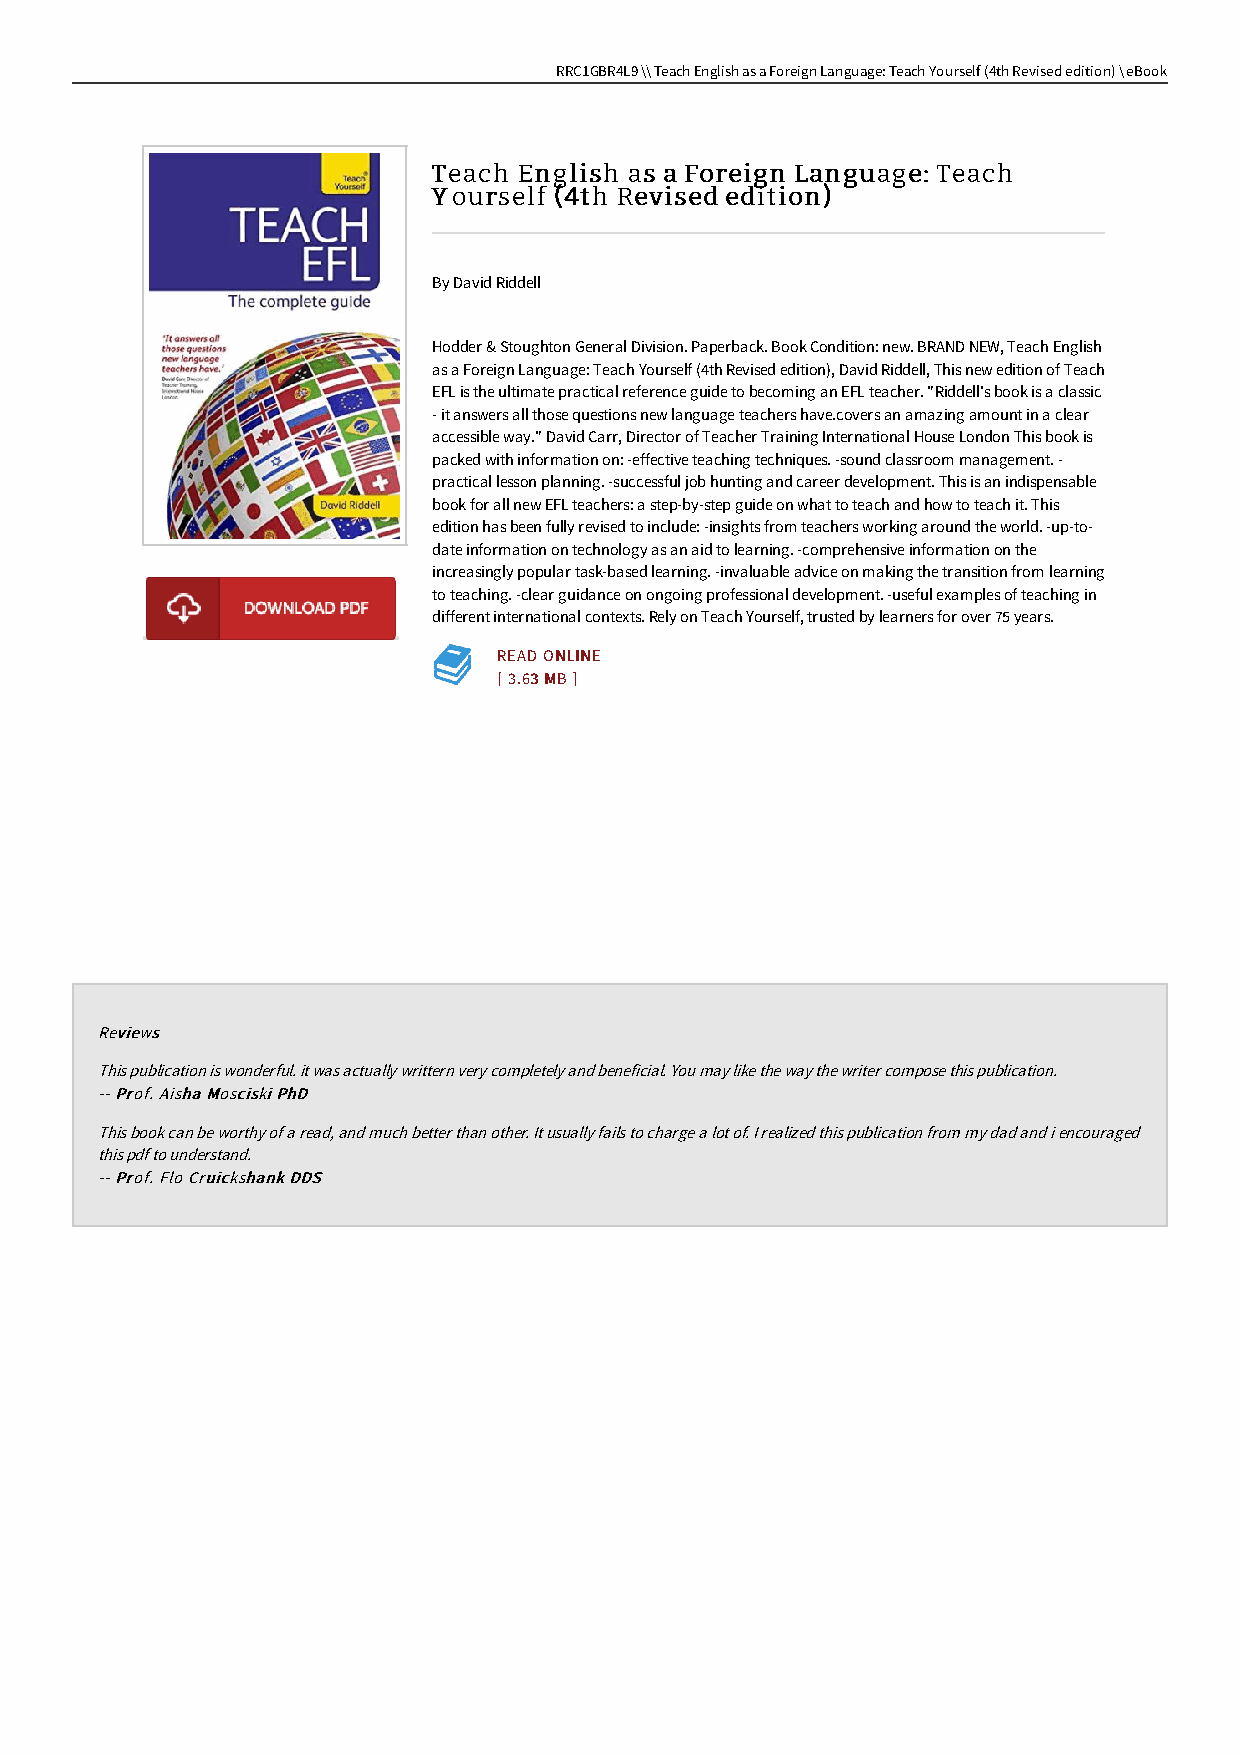
RRC1GBR4L9 \\ Teach English as a Foreign Language: Teach Yourself (4th Revised edition) \ eBook
 TTeeaacchh EEnngglliisshh aass aa FFoorreeiiggnn LLaanngguuaaggee:: TTeeaacchh
 YYoouurrsseellff ((44tthh RReevviisseedd eeddiittiioonn))
 By David Riddell
 Hodder & Stoughton General Division. Paperback. Book Condition: new. BRAND NEW, Teach English
 as a Foreign Language: Teach Yourself (4th Revised edition), David Riddell, This new edition of Teach
 EFL is the ultimate practical reference guide to becoming an EFL teacher. "Riddell's book is a classic
 - it answers all those questions new language teachers have.covers an amazing amount in a clear
 accessible way." David Carr, Director of Teacher Training International House London This book is
 packed with information on: -effective teaching techniques. -sound classroom management. -
 practical lesson planning. -successful job hunting and career development. This is an indispensable
 book for all new EFL teachers: a step-by-step guide on what to teach and how to teach it. This
 edition has been fully revised to include: -insights from teachers working around the world. -up-to-
 date information on technology as an aid to learning. -comprehensive information on the
 increasingly popular task-based learning. -invaluable advice on making the transition from learning
 to teaching. -clear guidance on ongoing professional development. -useful examples of teaching in
 different international contexts. Rely on Teach Yourself, trusted by learners for over 75 years.
 RREEAADD OONNLLIINNEE
 [[ 33..6633 MMBB ]]
 RReevviieewwss
 This publication is wonderful. it was actually writtern very completely and beneficial. You may like the way the writer compose this publication.
 ---- PPrrooff.. AAiisshhaa MMoosscciisskkii PPhhDD
 This book can be worthy of a read, and much better than other. It usually fails to charge a lot of. I realized this publication from my dad and i encouraged
 this pdf to understand.
 ---- PPrrooff.. FFlloo CCrruuiicckksshhaannkk DDDDSS